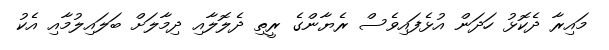
މައިރާ ދެކޮޅު ހަދަން އުޅެފައިވެސް ރެޔާންގެ ރީތި ދެލޮލާއި ދިމާލަށް ބަލައިލުމާއި އެކު